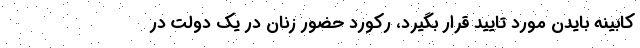
کابینه بایدن مورد تایید قرار بگیرد، رکورد حضور زنان در یک دولت در